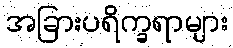
အခြားပရိက္ခရာများ